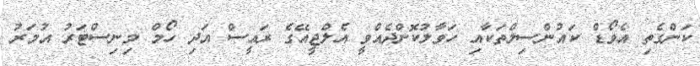
ކަންގެތި އެވޯޑް ކައުންސިލްތަކާއި ހަވާލުކޮށްދެއްވީ އެލްޖީއޭގެ ރައީސް އަދި ހޯމް މިނިސްޓަރު އުމަރު